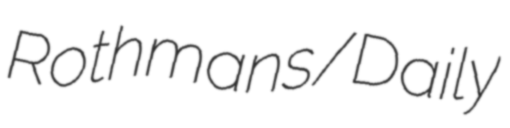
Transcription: Rothmans/Daily